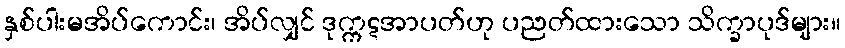
နှစ်ပါးမအိပ်ကောင်း၊ အိပ်လျှင် ဒုက္ကဋအာပတ်ဟု ပညတ်ထားသော သိက္ခာပုဒ်များ။